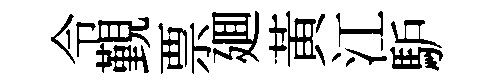
令覲票廽黃江馿